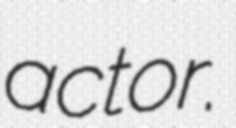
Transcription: actor.